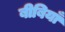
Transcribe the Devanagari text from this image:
बीबियाँ